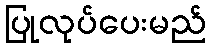
ပြုလုပ်ပေးမည်